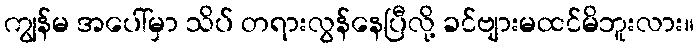
ကျွန်မ အပေါ်မှာ သိပ် တရားလွန်နေပြီလို့ ခင်ဗျားမထင်မိဘူးလား။